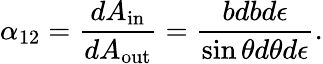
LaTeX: \alpha_{12}=\frac{dA_{\mathrm{in}}}{dA_{\mathrm{out}}}=\frac{bdbd\epsilon}{\sin\theta d\theta d\epsilon}.